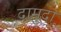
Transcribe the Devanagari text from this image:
दामुदा